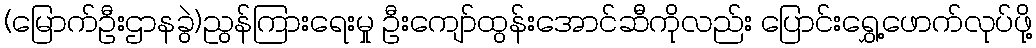
(မြောက်ဦးဌာနခွဲ)ညွန်ကြားရေးမှု ဦးကျော်ထွန်းအောင်ဆီကိုလည်း ပြောင်းရွှေ့ဖောက်လုပ်ဖို့